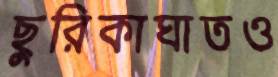
ছুরিকাঘাতও